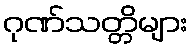
ဂုဏ်သတ္တိများ